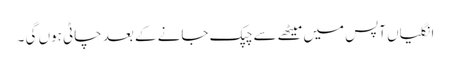
انگلیاں آپس میں میٹھے سے چپک جانے کے بعد چاٹی ہوں گی ۔